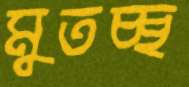
মুতচ্ছ